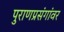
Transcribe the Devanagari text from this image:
पुराणप्रसंगांवर